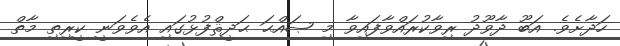
ހަދާށެވެ. އަބޫ ދާވޫދު ރިވާކުރައްވާފައިވާ މި ޞައްޙަ ޙަދީޘްފުޅުގައި އެވެވަނީ ކީރިތި މާތް